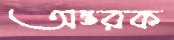
অন্তরক